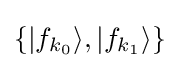
\{|f_{k_{0}}\rangle ,|f_{k_{1}}\rangle \}